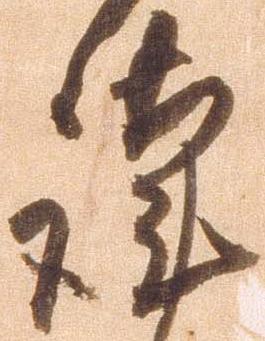
謹